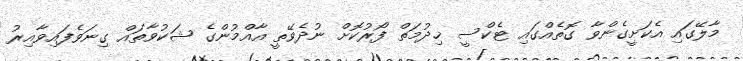
މާލޭގައި އެކަށީގެންވާ ގޮތެއްގައި ޓެކްސީ ޚިދުމަތް ފޯރުކޮށް ނުދެވޭތީ އާއްމުންގެ ޝަކުވާތައް ގިނަވެފައިވާއިރު